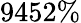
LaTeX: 9452\%